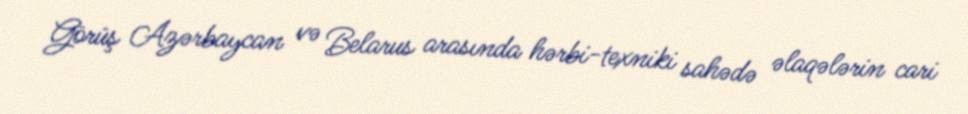
Görüş Azərbaycan və Belarus arasında hərbi-texniki sahədə əlaqələrin cari